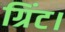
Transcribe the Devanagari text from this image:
ग्रिंट।